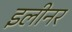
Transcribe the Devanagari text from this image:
इलीनर